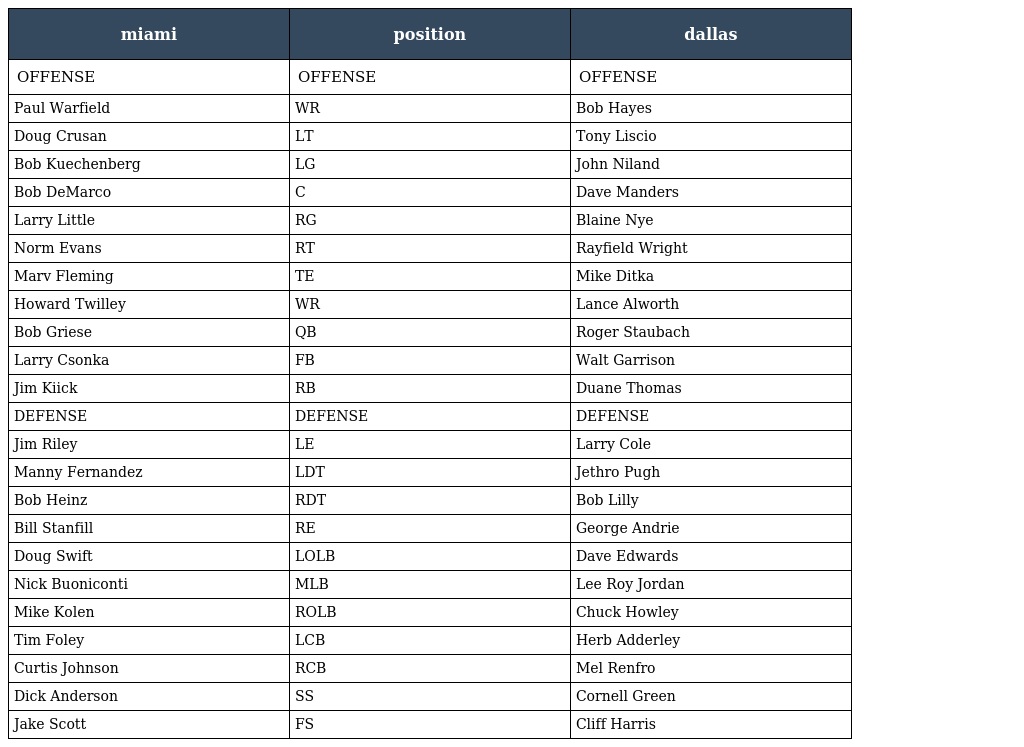
| miami | position | dallas |
 | --- | --- | --- |
 | OFFENSE | OFFENSE | OFFENSE |
 | Paul Warfield | WR | Bob Hayes |
 | Doug Crusan | LT | Tony Liscio |
 | Bob Kuechenberg | LG | John Niland |
 | Bob DeMarco | C | Dave Manders |
 | Larry Little | RG | Blaine Nye |
 | Norm Evans | RT | Rayfield Wright |
 | Marv Fleming | TE | Mike Ditka |
 | Howard Twilley | WR | Lance Alworth |
 | Bob Griese | QB | Roger Staubach |
 | Larry Csonka | FB | Walt Garrison |
 | Jim Kiick | RB | Duane Thomas |
 | DEFENSE | DEFENSE | DEFENSE |
 | Jim Riley | LE | Larry Cole |
 | Manny Fernandez | LDT | Jethro Pugh |
 | Bob Heinz | RDT | Bob Lilly |
 | Bill Stanfill | RE | George Andrie |
 | Doug Swift | LOLB | Dave Edwards |
 | Nick Buoniconti | MLB | Lee Roy Jordan |
 | Mike Kolen | ROLB | Chuck Howley |
 | Tim Foley | LCB | Herb Adderley |
 | Curtis Johnson | RCB | Mel Renfro |
 | Dick Anderson | SS | Cornell Green |
 | Jake Scott | FS | Cliff Harris |